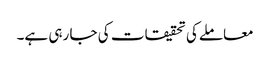
معاملےکی تحقیقات کی جا رہی ہے۔